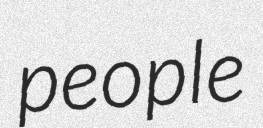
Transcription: people